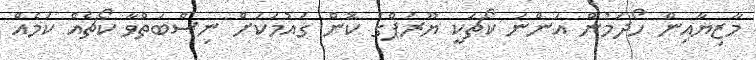
މާޒިޔާއިން ހޯދަމުން އަންނަ ކޯޗަކީ ޔޫރަޕްގެ ކޮން ގައުމަކަށް ނިސްބަތްވާ ކޯޗެއް ކަމެއް